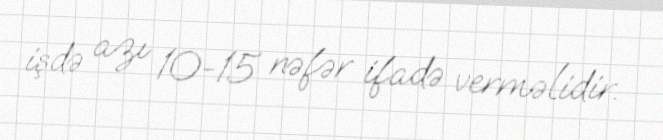
işdə azı 10-15 nəfər ifadə verməlidir.